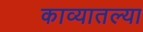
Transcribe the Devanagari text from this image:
काव्यातल्या